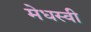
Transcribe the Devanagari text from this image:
मेधस्वी